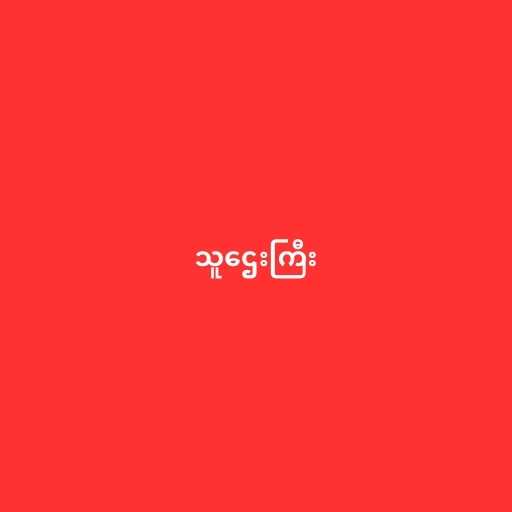
သူဌေးကြီး